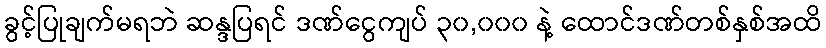
ခွင့်ပြုချက်မရဘဲ ဆန္ဒပြရင် ဒဏ်ငွေကျပ် ၃၀,၀၀၀ နဲ့ ထောင်ဒဏ်တစ်နှစ်အထိ